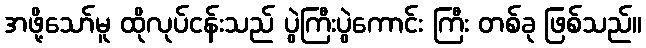
အဖို့သော်မူ ထိုလုပ်ငန်းသည် ပွဲကြီးပွဲကောင်း ကြီး တစ်ခု ဖြစ်သည်။